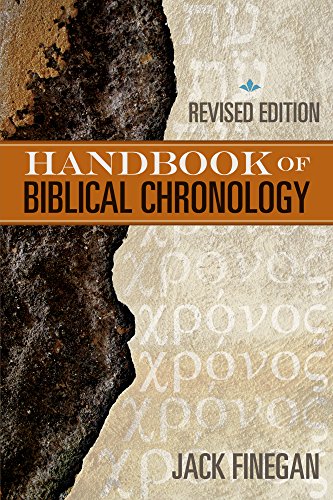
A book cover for The Handbook of Biblical Chronology; Jack Finegan; Christian Books & Bibles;